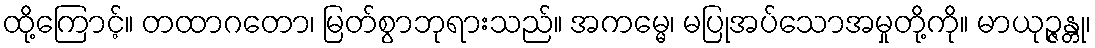
ထို့ကြောင့်။ တထာဂတော၊ မြတ်စွာဘုရားသည်။ အကမ္မေ၊ မပြုအပ်သောအမှုတို့ကို။ မာယုဉ္ဇန္တု၊